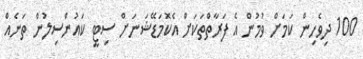
100 ދިވެހިން ކަމަށް ވުމުން އެ ފަރާތްތަކަށް އެކޮމަޑޭޝަނަށް ސިޓީ ކައުންސިލުން ތަނެއް